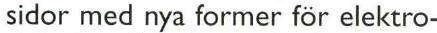
sidor med nya former för elektro-